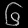
Digit: ၆